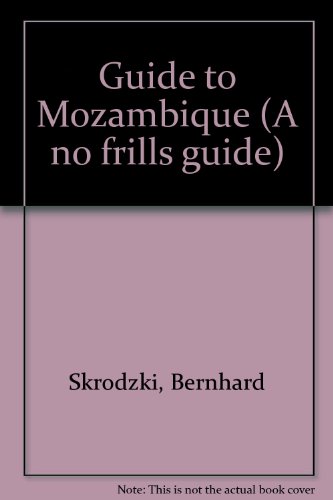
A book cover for Guide to Mozambique (No Frills Guide); Bernhard Skrodzki; Travel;